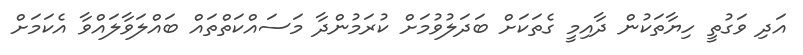
އަދި ވަގުތީ ހިޔާތަކުން ދާއިމީ ގެތަކަށް ބަދަލުވުމަށް ކުރަމުންދާ މަސައްކަތްތައް ބައްލަވާލައްވާ އެކަމަށް